Annual report on the Civil Veterinary Department, Burma (including the Insein Veterinary School) - 1932-1941
Year: 1932
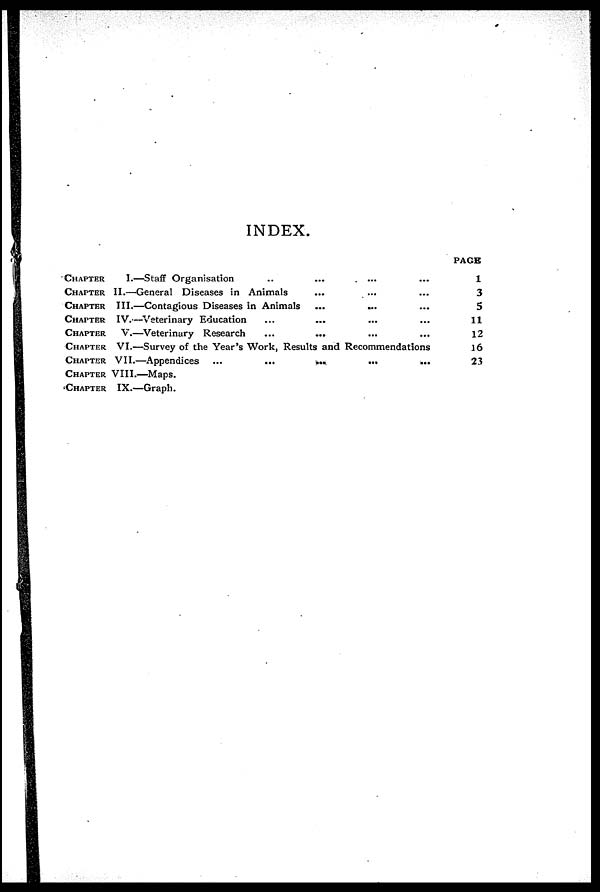
INDEX.
CHAPTER
I.—Staff
Organisation...........
CHAPTER II.—General Diseases in
Animals.........
CHAPTER III.—Contagious Diseases in Animals.........
CHAPTER IV.—Veterinary
Education............
CHAPTER
V.—Veterinary
Research...........
CHAPTER VI.—Survey of the Year's Work, Results and Recommendations
CHAPTER VII.—Appendices
..............
CHAPTER VIII.—Maps.............
CHAPTER IX.—Graph.............
PAGE
1
3
5
11
12
16
23
...
...